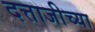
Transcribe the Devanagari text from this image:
दत्ताजीच्या